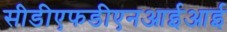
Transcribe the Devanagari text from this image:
सीडीएफडीएनआईआई